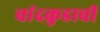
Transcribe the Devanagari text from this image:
चांदकुडाची